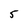
Character: 5